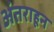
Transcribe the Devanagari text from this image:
अंतराहून